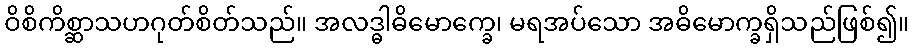
ဝိစိကိစ္ဆာသဟဂုတ်စိတ်သည်။ အလဒ္ဓါဓိမောက္ခေ၊ မရအပ်သော အဓိမောက္ခရှိသည်ဖြစ်၍။